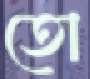
তো